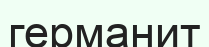
германит